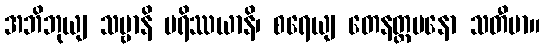
အဘိဘုယျ သဗ္ဗာနိ ပရိဿယာနိ၊ စရေယျ တေနတ္တမနော သတီမာ။